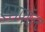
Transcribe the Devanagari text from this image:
एसफॉल्ट